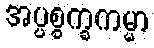
အပ္ပစ္စက္ခကမ္မာ